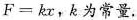
例?题图$$F = k x$$，k为常量.